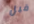
قبل